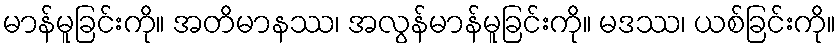
မာန်မူခြင်းကို။ အတိမာနဿ၊ အလွန်မာန်မူခြင်းကို။ မဒဿ၊ ယစ်ခြင်းကို။